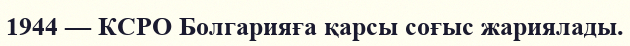
1944 — КСРО Болгарияға қарсы соғыс жариялады.